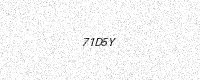
Text: 71D5Y